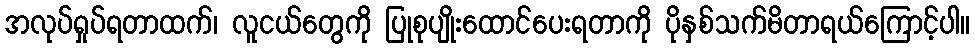
အလုပ်ရှုပ်ရတာထက်၊ လူငယ်တွေကို ပြုစုပျိုးထောင်ပေးရတာကို ပိုနှစ်သက်မိတာရယ်ကြောင့်ပါ။